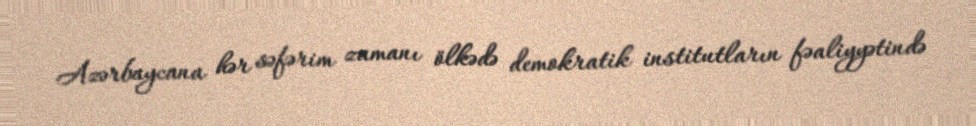
Azərbaycana hər səfərim zamanı ölkədə demokratik institutların fəaliyyətində